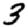
Digit: 3